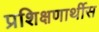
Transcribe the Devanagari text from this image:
प्रशिक्षणार्थीस